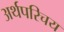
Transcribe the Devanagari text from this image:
अर्थपरिचय